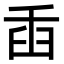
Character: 臿